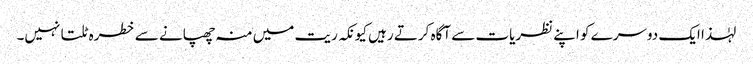
لہٰذا ایک دوسرے کو اپنے نظریات سے آگاہ کرتے رہیں کیونکہ ریت میں منہ چھپانے سے خطرہ ٹلتا نہیں۔